Papers set at the Examination for Leaving Certificates, 1895
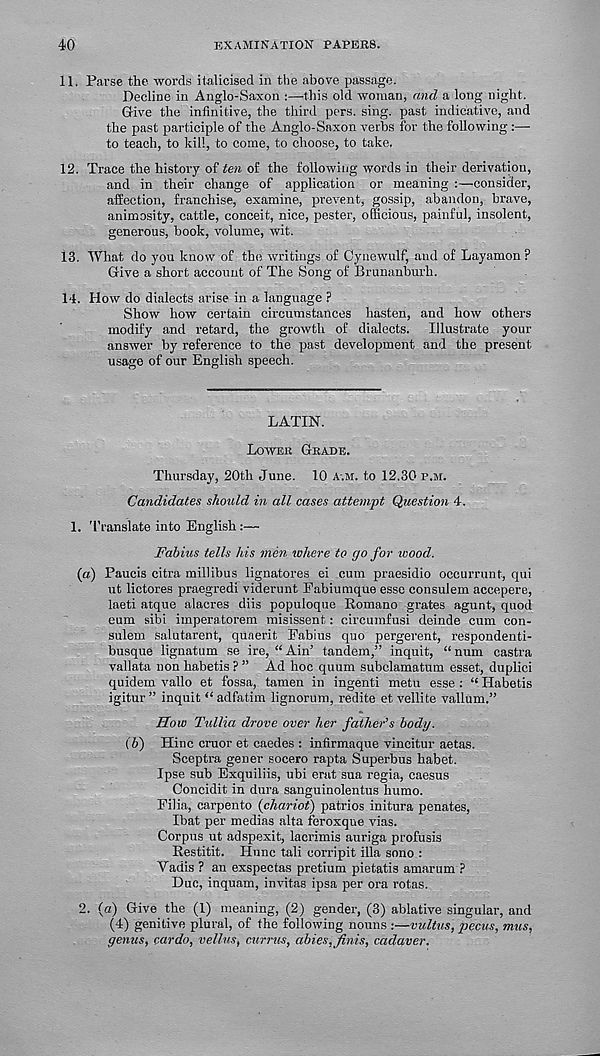
40
examination papers.
11. Parse the. words italicised in the above passage.
Decline in Anglo-Saxon :—-this old woman, and a long night.
Give the infinitive, the third pers. sing, past indicative, and
the past participle of the Anglo-Saxon verbs for the following :—
to teach, to kill, to come, to choose, to take.
12. Trace the history of ten of the following words in their derivation,
and in their change of application or meaning :—consider,
affection, franchise, examine, prevent, gossip, abandon, brave,
animosity, cattle, conceit, nice, pester, officious, painful, insolent,
generous, book, volume, wit.
13. What do you know of the writings of Cynewulf, and of Layamon?
Give a short account of The Song of Brunanhurh.
14. How do dialects arise in a language ?
Show how certain circumstances hasten, and how others
modify and retard, the growth of dialects. Illustrate your
answer by reference to the past development and the present
usage of our English speech.
LATIN.
Lower Grade.
Thursday, 20th June. 10 a.m. to 12.30 p.m.
Candidates should in all cases attempt Question 4.
1. Translate into English :—
Fabius tells his men where to go for wood.
(a) Faucis citra millibus lignatores ei cum praesidio occurrunt, qui
ut lictores praegredi viderunt Eabiumque esse consulem accepere,
laeti atque alacres diis populoque Romano grates agunt, quod
eum sibi imperatorem misissent: circumfusi deinde cum con-
sulem salutarent, quaerit Eabius quo pergerent, respondenti-
busque lignatum se ire, “ Ain’ tandem,” inquit, “ num castra
vallata non habetis ? ” Ad hoc quum subclamatum esset, duplici
quidem vallo et fossa, tamen in ingenti metu esse : “ Habetis
igitur” inquit “adfatim lignorum, redite et vellite vallum.”
How Tullia drove over her father’s body.
(b) Hinc cruor et caedes : infirmaque vincitur aetas.
Sceptra gener socero rapta Superbus habet.
Ipse sub Exquiliis, ubi erat sua regia, caesus
Concidit in dura sanguinolentus humo.
Filia, carpento (chariot) patrios initura penates,
Ibat per medias alta feroxque vias.
Corpus ut adspexit, lacrimis auriga profusis
Restitit. Hunc tali corripit ilia sono :
Vadis ? an exspectas pretium pietatis amarum ?
Due, inquam, invitas ipsa per ora rotas.
2. (a) Give the (1) meaning, (2) gender, (3) ablative singular, and
(4) genitive plural, of the following nouns :—vultus, pecus, mus,
genus, cardo, vellus, currus, abies, finis, cadaver.